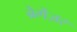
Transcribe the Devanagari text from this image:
ब्रेगेंज़र